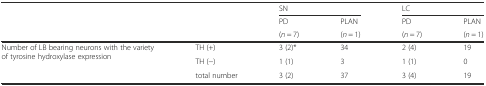
<table><thead><tr><td rowspan="3" colspan="2"></td><td colspan="2"><b>SN</b></td><td colspan="2"><b>LC</b></td></tr><tr><td><b>PD</b></td><td><b>PLAN</b></td><td><b>PD</b></td><td><b>PLAN</b></td></tr><tr><td><b>(<i>n</i> = 7)</b></td><td><b>(<i>n</i> = 1)</b></td><td><b>(<i>n</i> = 7)</b></td><td><b>(<i>n</i> = 1)</b></td></tr></thead><tbody><tr><td rowspan="3">Number of LB bearing neurons with the variety of tyrosine hydroxylase expression</td><td>TH (+)</td><td>3 (2)*</td><td>34</td><td>2 (4)</td><td>19</td></tr><tr><td>TH (−)</td><td>1 (1)</td><td>3</td><td>1 (1)</td><td>0</td></tr><tr><td>total number</td><td>3 (2)</td><td>37</td><td>3 (4)</td><td>19</td></tr></tbody></table>